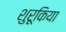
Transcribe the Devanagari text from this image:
शुरूकिया